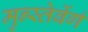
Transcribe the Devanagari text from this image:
मुन्स्तेर्बेर्ग